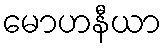
မောဟနီယာ